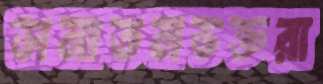
সনাতনভক্তরা